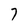
Character: 7